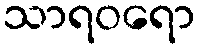
သာရဝရော